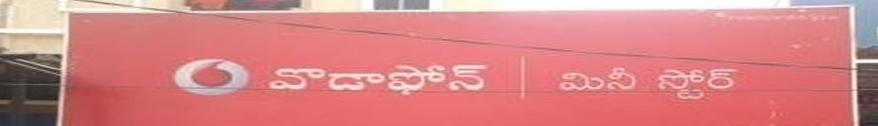
Language: telugu
Transcription: వోడాఫోన్ మినీ స్టోర్